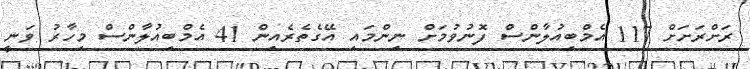
ރަށްރަށަށް 117 އެމްބިއުލާންސް ފޮނުވުމަށް ނިންމައި އޭގެތެރެއިން 41 އެމްބިއުލާންސް މިހާރު ވަނީ